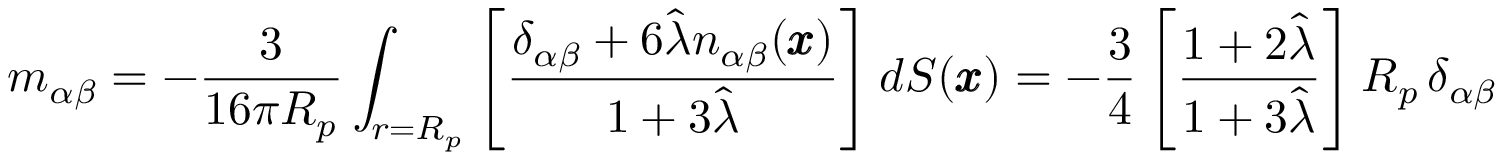
m _ { \alpha \beta } = - \frac { 3 } { 1 6 \pi R _ { p } } \int _ { r = R _ { p } } \left[ \frac { \delta _ { \alpha \beta } + 6 \hat { \lambda } n _ { \alpha \beta } ( \pmb x ) } { 1 + 3 \hat { \lambda } } \right] d S ( \pmb x ) = - \frac { 3 } { 4 } \left[ \frac { 1 + 2 \hat { \lambda } } { 1 + 3 \hat { \lambda } } \right] R _ { p } \, \delta _ { \alpha \beta }